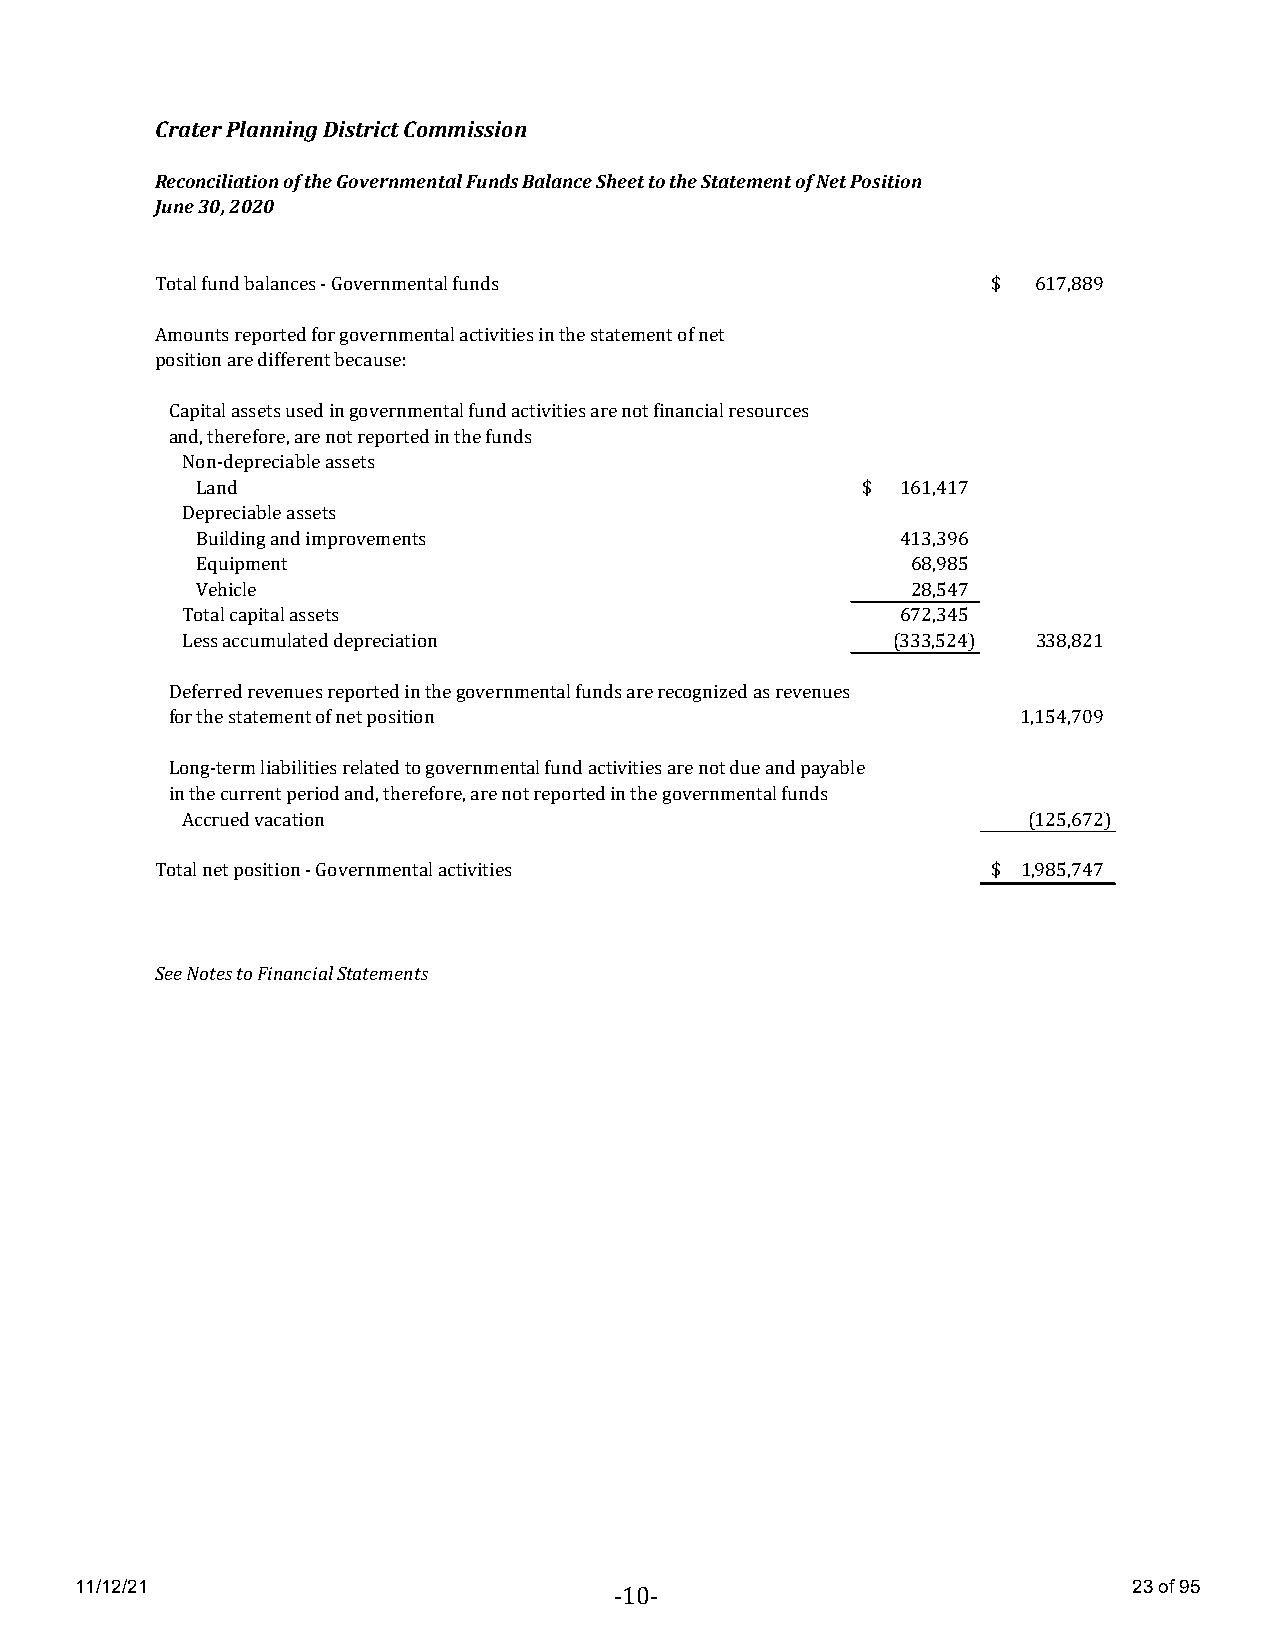
Crater Planning District Commission
 Reconciliation of the Governmental Funds Balance Sheet to the Statement of Net Position
 June 30, 2020
 Total fund balances - Governmental funds                $  617,889
 Amounts reported for governmental activities in the statement of net
 position are different because:
 Capital assets used in governmental fund activities are not financial resources
 and, therefore, are not reported in the funds
 Non-depreciable assets
 Land                                        $  161,417
 Depreciable assets
 Building and improvements                      413,396
 Equipment                                      68,985
 Vehicle                                        28,547
 Total capital assets                            672,345
 Less accumulated depreciation                  (333,524) 338,821
 Deferred revenues reported in the governmental funds are recognized as revenues
 for the statement of net position                        1 ,154,709
 Long-term liabilities related to governmental fund activities are not due and payable
 in the current period and, therefore, are not reported in the governmental funds
 Accrued vacation                                        (125,672)
 Total net position - Governmental activities            $ 1,985,747
 See Notes to Financial Statements
 11/12/21                                                              23 of 95
 -10-